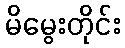
မိမွေးတိုင်း